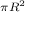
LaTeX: \scriptstyle \pi R ^ { 2 }